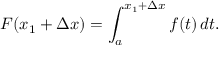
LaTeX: F ( x _ { 1 } + \Delta x ) = \int _ { a } ^ { x _ { 1 } + \Delta x } f ( t ) \, d t .